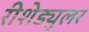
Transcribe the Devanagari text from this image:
रीशेड्युलर